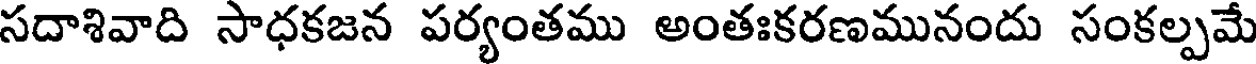
సదాశివాది సాధకజన పర్యంతము అంతఃకరణమునందు సంకల్పమే